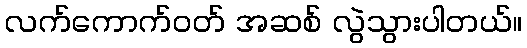
လက်ကောက်ဝတ် အဆစ် လွဲသွားပါတယ်။